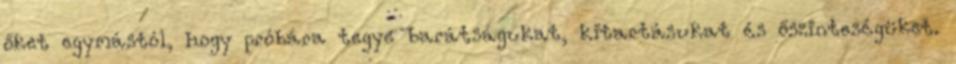
őket egymástól, hogy próbára tegye barátságukat, kitartásukat és őszinteségüket.